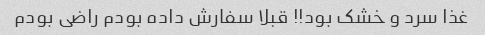
غذا سرد و خشک بود!! قبلا سفارش داده بودم راضی بودم